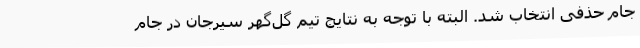
جام حذفی انتخاب شد. البته با توجه به نتایج تیم گل‌گهر سیرجان در جام